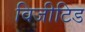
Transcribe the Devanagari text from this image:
विजीटिड